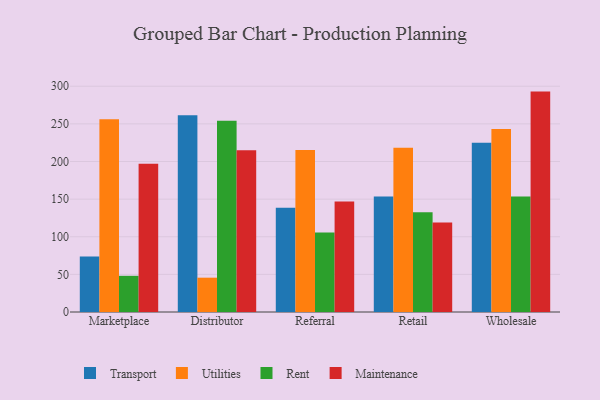
{"axis": {"x": "Channel", "y": "Gross Profit (USD K)"}, "legend": ["Maintenance", "Rent", "Transport", "Utilities"], "data": [{"x": "Marketplace", "y": 73.7, "type": "Transport"}, {"x": "Marketplace", "y": 256.2, "type": "Utilities"}, {"x": "Marketplace", "y": 48.1, "type": "Rent"}, {"x": "Marketplace", "y": 197.1, "type": "Maintenance"}, {"x": "Distributor", "y": 261.5, "type": "Transport"}, {"x": "Distributor", "y": 45.6, "type": "Utilities"}, {"x": "Distributor", "y": 254.2, "type": "Rent"}, {"x": "Distributor", "y": 214.8, "type": "Maintenance"}, {"x": "Referral", "y": 138.4, "type": "Transport"}, {"x": "Referral", "y": 215.4, "type": "Utilities"}, {"x": "Referral", "y": 105.6, "type": "Rent"}, {"x": "Referral", "y": 147.0, "type": "Maintenance"}, {"x": "Retail", "y": 153.5, "type": "Transport"}, {"x": "Retail", "y": 218.3, "type": "Utilities"}, {"x": "Retail", "y": 132.5, "type": "Rent"}, {"x": "Retail", "y": 118.8, "type": "Maintenance"}, {"x": "Wholesale", "y": 224.8, "type": "Transport"}, {"x": "Wholesale", "y": 243.3, "type": "Utilities"}, {"x": "Wholesale", "y": 153.5, "type": "Rent"}, {"x": "Wholesale", "y": 292.9, "type": "Maintenance"}]}